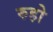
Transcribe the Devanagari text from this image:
रुहो